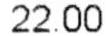
22.00